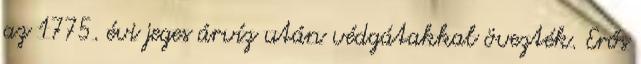
az 1775. évi jeges árvíz után védgátakkal övezték. Erős